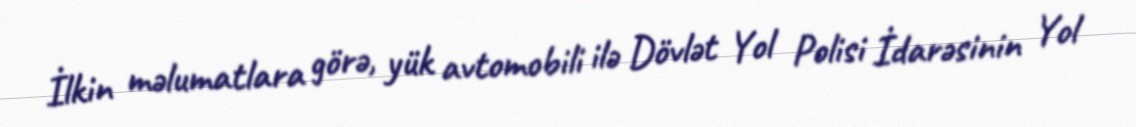
İlkin məlumatlara görə, yük avtomobili ilə Dövlət Yol Polisi İdarəsinin Yol